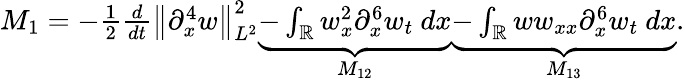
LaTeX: \begin{array}{r}{M_{1}=-\frac{1}{2}\frac{d}{dt}\left\| \partial_{x}^{4}w\right\| _{L^{2}}^{2}\underbrace{-\int_{\mathbb{R}}w_{x}^{2}\partial_{x}^{6}w_{t}\ dx}_{M_{12}}\underbrace{-\int_{\mathbb{R}}ww_{xx}\partial_{x}^{6}w_{t}\ dx}_{M_{13}}.}\end{array}